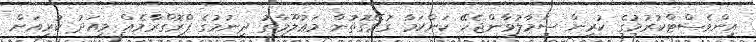
އިންވެސްޓްކުރުމުގެ ކުރިން ސަމާލުވާންޖެހޭ ކަންކަމާ ގުޅޭގޮތުން މަޢުލޫމާތު ދިނުމުގެ ޕްރޮގްރާމެއް މިއަދު ކުރިއަށް